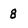
Character: 8